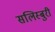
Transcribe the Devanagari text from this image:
सलिस्बुरी